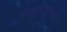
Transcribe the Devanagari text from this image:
सज्जनोचित